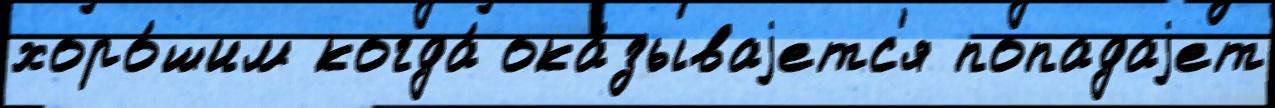
хоро́шим когда́ ока́зываjетс'я попадаjет